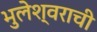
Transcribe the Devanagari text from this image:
भुलेश्वराची